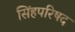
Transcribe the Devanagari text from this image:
सिंहपरिषद